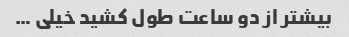
بیشتر از دو ساعت طول کشید خیلی …